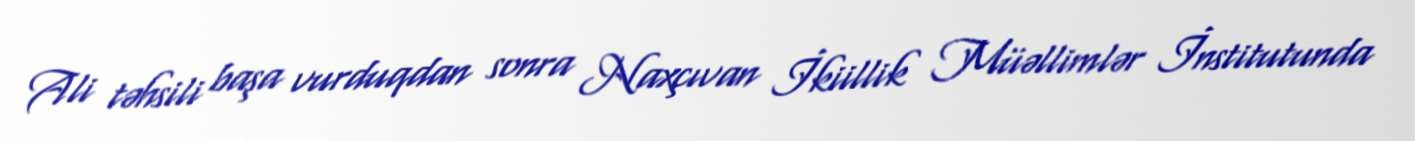
Ali təhsili başa vurduqdan sonra Naxçıvan İkiillik Müəllimlər İnstitutunda